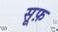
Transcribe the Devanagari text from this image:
सूफ़